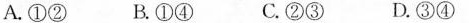
A.①② B.①④ C.②③ D.③④